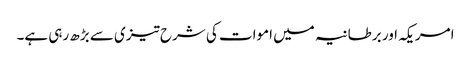
امریکہ اور برطانیہ میں اموات کی شرح تیزی سے بڑھ رہی ہے۔